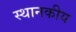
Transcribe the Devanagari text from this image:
स्थानकीय